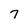
Character: 7